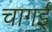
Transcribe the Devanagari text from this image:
चागई